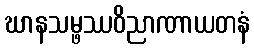
ဃာနသမ္ဖဿဝိညာဏာယတနံ